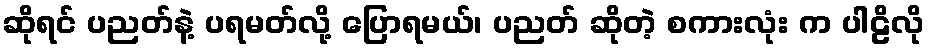
ဆိုရင် ပညတ်နဲ့ ပရမတ်လို့ ပြောရမယ်၊ ပညတ် ဆိုတဲ့ စကားလုံး က ပါဠိလို